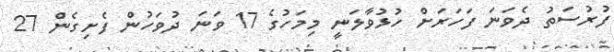
ފުރުސަތު ދެވަނަ ފަހަރަށް ހުޅުވާލަނީ މިމަހުގެ 17 ވަނަ ދުވަހުން ފެށިގެން 27